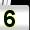
Digit: 5